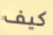
كيف